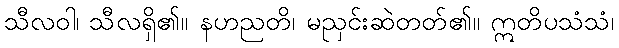
သီလဝါ၊ သီလရှိ၏။ နဟညတိ၊ မညှင်းဆဲတတ်၏။ ဣတိပသံသံ၊